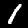
Label: 1